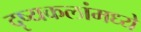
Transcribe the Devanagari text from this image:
दृष्यकलांमध्ये